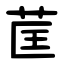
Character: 䒰